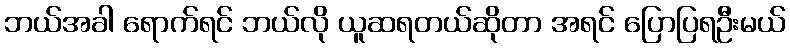
ဘယ်အခါ ရောက်ရင် ဘယ်လို ယူဆရတယ်ဆိုတာ အရင် ပြောပြရဦးမယ်